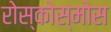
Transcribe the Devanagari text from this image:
रोस्कोस्मोस